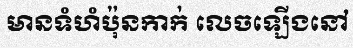
មានទំហំប៉ុនកាក់ លេចឡើងនៅ